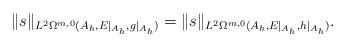
LaTeX: \begin{align*}\|s\|_{L^2\Omega^{m,0}(A_h,E|_{A_h},g|_{A_h})}=\|s\|_{L^2\Omega^{m,0}(A_h,E|_{A_h},h|_{A_h})}.\end{align*}